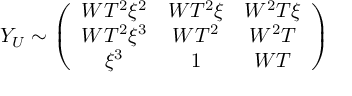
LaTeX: Y _ { U } \sim \left( \begin{array} { c c c } { { W T ^ { 2 } \xi ^ { 2 } } } & { { W T ^ { 2 } \xi } } & { { W ^ { 2 } T \xi } } \\ { { W T ^ { 2 } \xi ^ { 3 } } } & { { W T ^ { 2 } } } & { { W ^ { 2 } T } } \\ { { \xi ^ { 3 } } } & { { 1 } } & { { W T } } \end{array} \right)